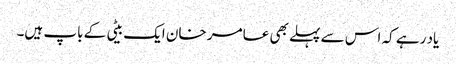
یاد رہے کہ اس سے پہلے بھی عامر خان ایک بیٹی کے باپ ہیں۔